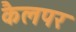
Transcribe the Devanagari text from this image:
कैलपर